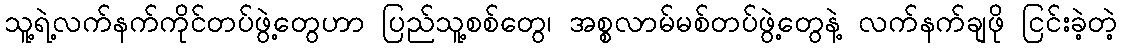
သူ့ရဲ့လက်နက်ကိုင်တပ်ဖွဲ့တွေဟာ ပြည်သူ့စစ်တွေ၊ အစ္စလာမ်မစ်တပ်ဖွဲ့တွေနဲ့ လက်နက်ချဖို ငြင်းခဲ့တဲ့